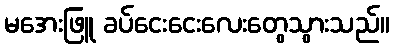
မအေးဖြူ ခပ်ငေးငေးလေးတွေသွားသည်။